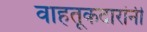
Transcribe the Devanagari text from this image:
वाहतूकदारांनी